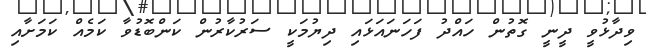
ވިދާޅުވީ ދީނީ ގޮތުން ހައްދު ފަހަނައަޅައި ދިޔުމަކީ ސަރުކާރުން ކަންބޮޑުވާ ކަމެއް ކަމަށާއި